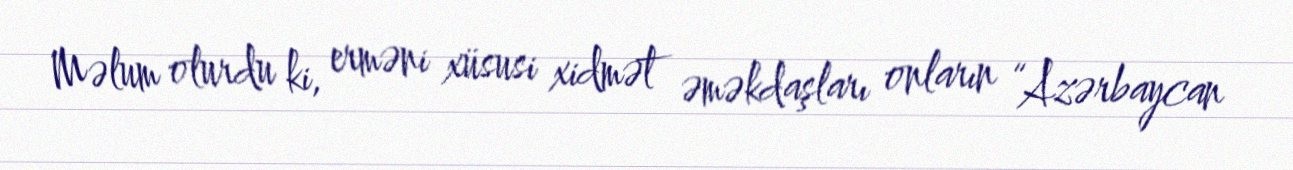
Məlum olurdu ki, erməni xüsusi xidmət əməkdaşları onların “Azərbaycan